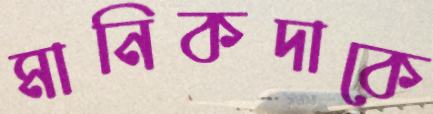
মানিকদাকে